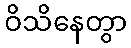
ဝိသိနေတွာ